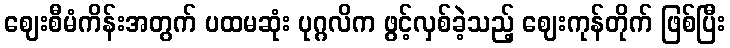
ဈေးစီမံကိန်းအတွက် ပထမဆုံး ပုဂ္ဂလိက ဖွင့်လှစ်ခဲ့သည့် ဈေးကုန်တိုက် ဖြစ်ပြီး